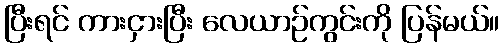
ပြီးရင် ကားငှားပြီး လေယာဉ်ကွင်းကို ပြန်မယ်။